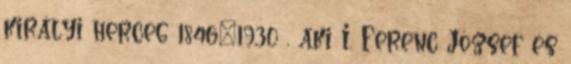
királyi herceg 1846–1930 , aki I. Ferenc József és